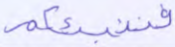
فننبئكم